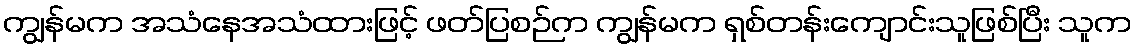
ကျွန်မက အသံနေအသံထားဖြင့် ဖတ်ပြစဉ်က ကျွန်မက ရှစ်တန်းကျောင်းသူဖြစ်ပြီး သူက